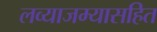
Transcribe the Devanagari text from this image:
लव्याजम्यासहित